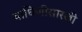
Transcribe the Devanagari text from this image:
वाघिणीसारखी